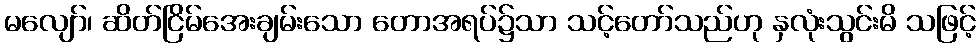
မလျော်၊ ဆိတ်ငြိမ်အေးချမ်းသော တောအရပ်၌သာ သင့်တော်သည်ဟု နှလုံးသွင်းမိ သဖြင့်